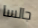
جالسا